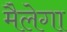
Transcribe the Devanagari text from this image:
मैलेगा